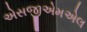
એસજીએમએલ